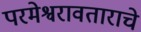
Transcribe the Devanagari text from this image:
परमेश्वरावताराचे